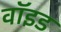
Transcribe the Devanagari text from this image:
वाॅइड